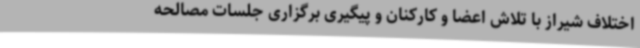
اختلاف شیراز با تلاش اعضا و کارکنان و پیگیری برگزاری جلسات مصالحه